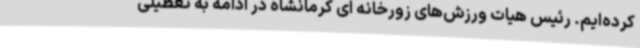
کرده‌ایم. رئیس هیات ورزش‌های زورخانه ای کرمانشاه در ادامه به تعطیلی